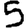
Digit: 5